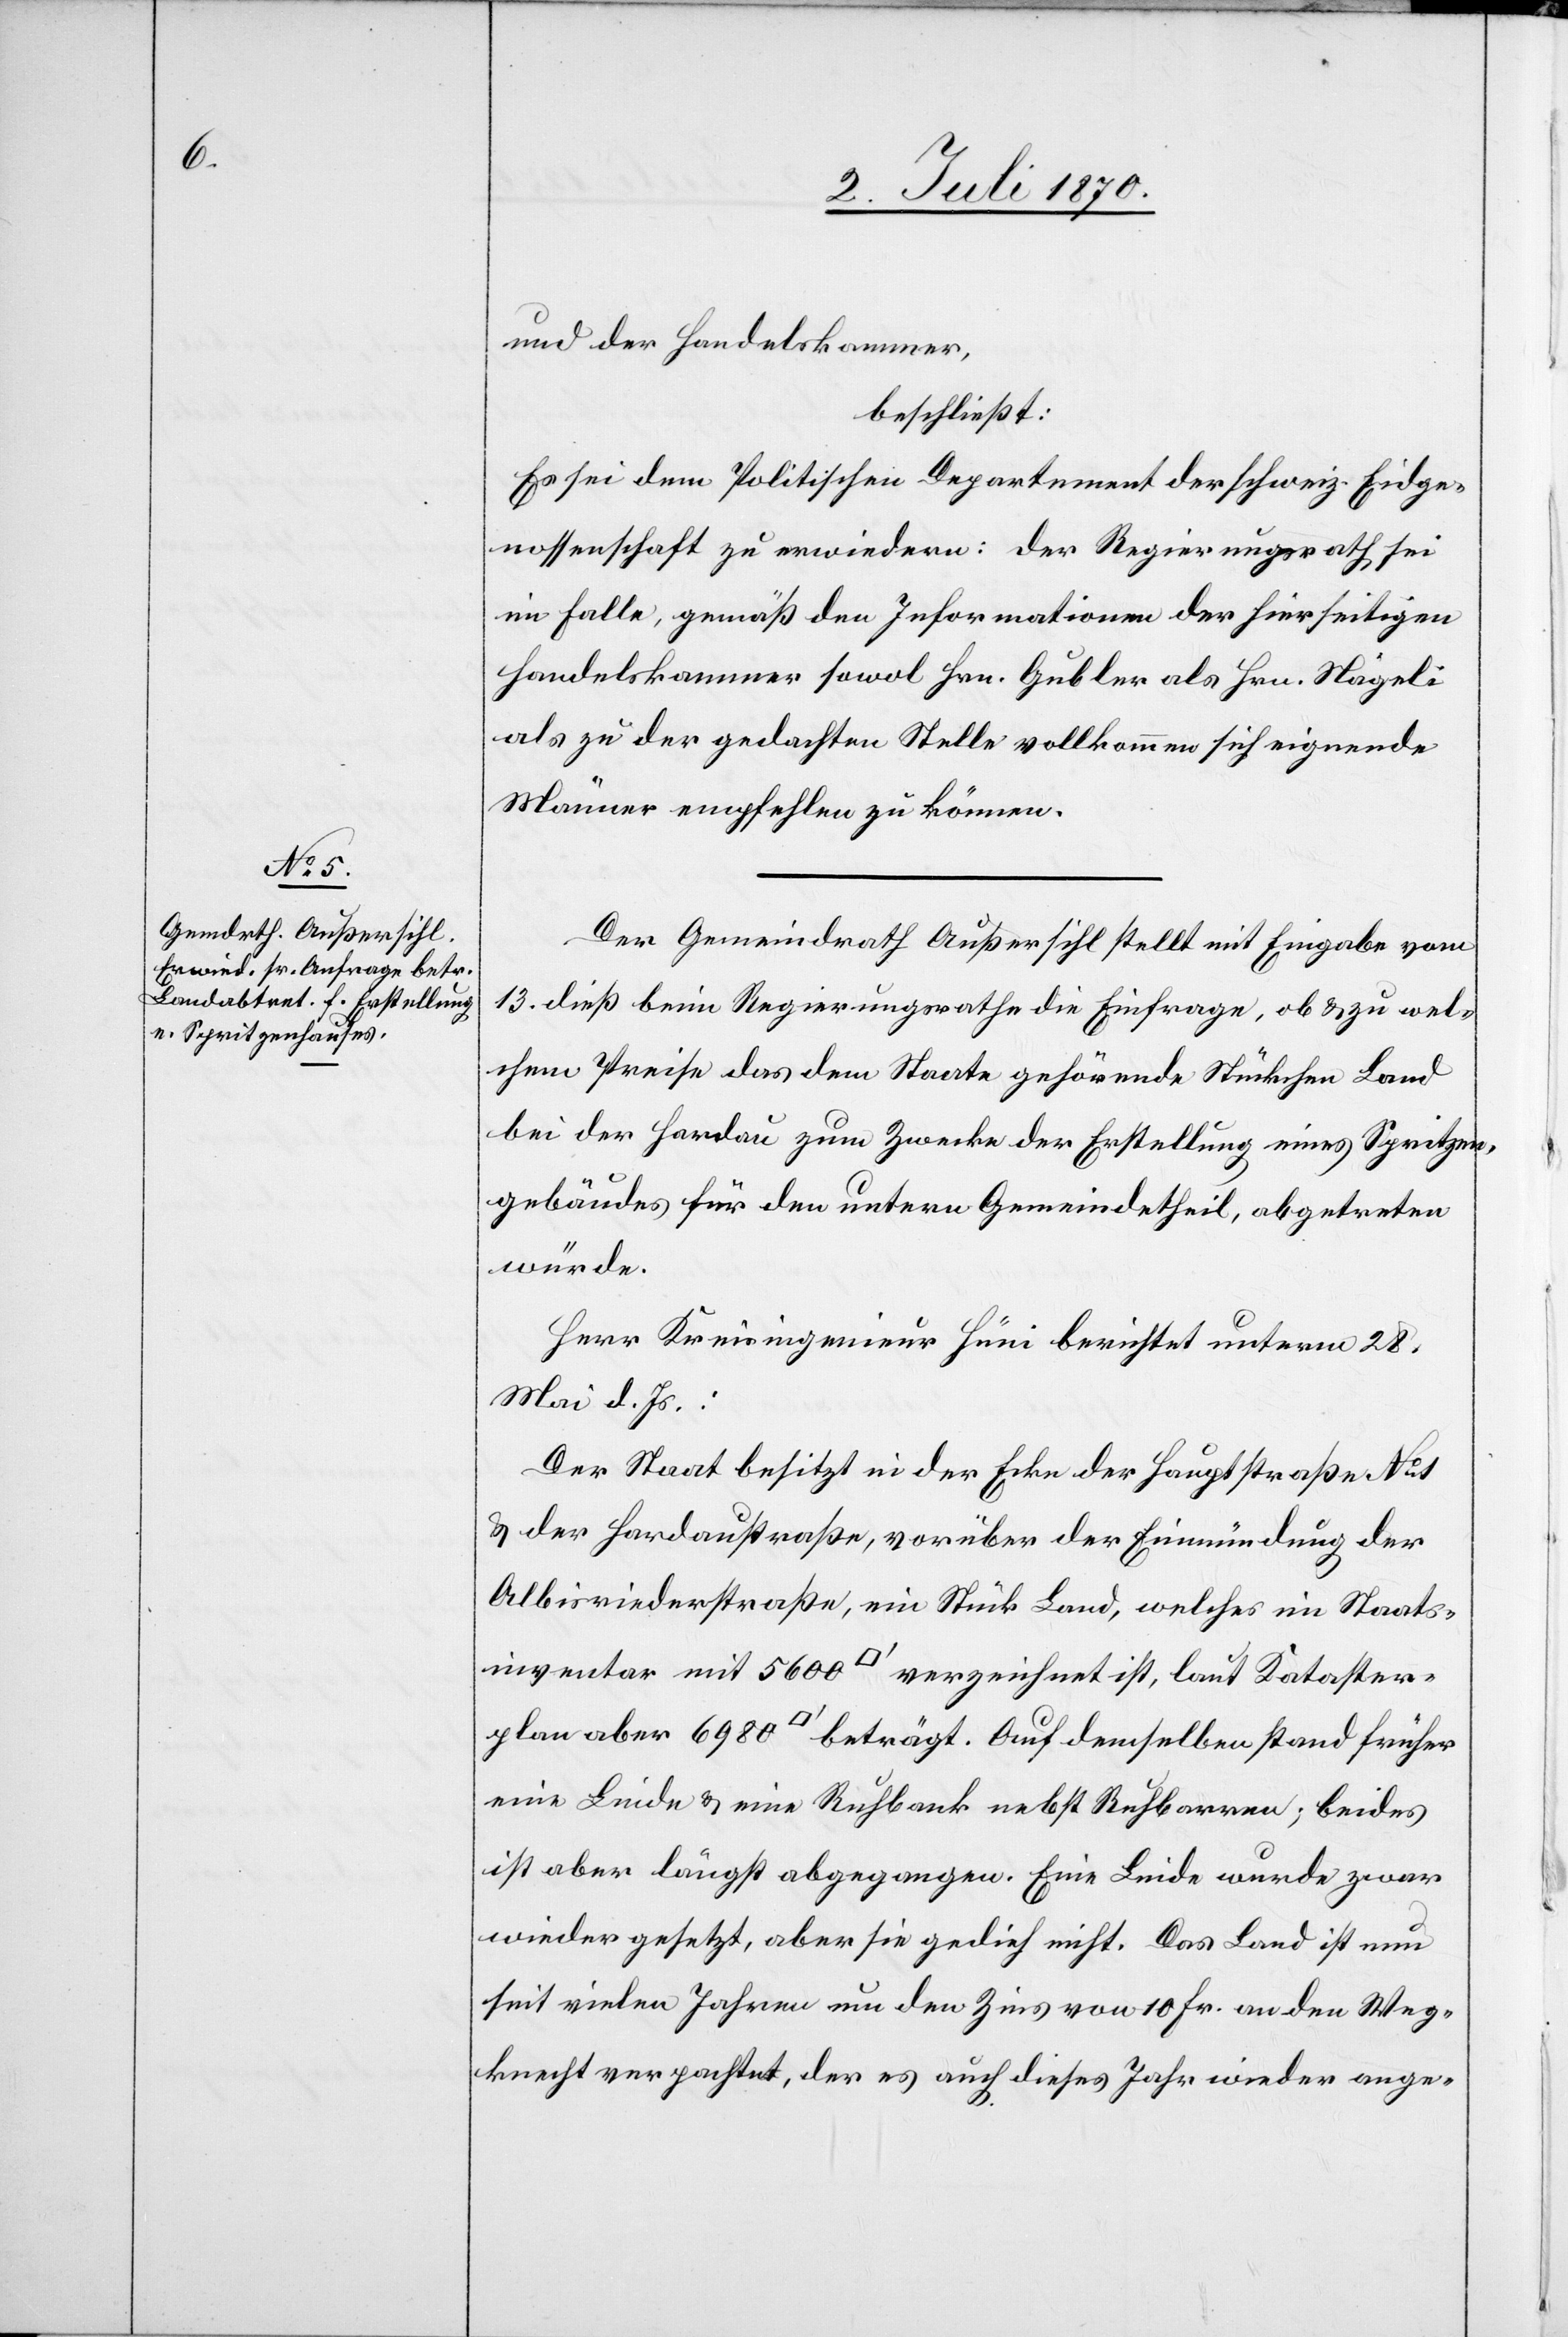
plan

und der Handelskammer,
beschließt:
Es sei dem Politischen Departement der schweiz. Eidge¬
nossenschaft zu erwiedern: Der Regierungsrath sei
im Falle, gemäß den Informationen der hierseitigen
Handelskammer sowol Hrn. Gubler als Hrn. Nägeli
als zu der gedachten Stelle vollkommen sich eignende
Männer empfehlen zu können.
Der Gemeindrath Außersihl stellt mit Eingabe vom
13. dieß beim Regierungsrathe die Einfrage, ob & zu wel¬
chem Preise das dem Staate gehörende Stückchen Land
bei der Hardau zum Zwecke der Erstellung eines Spritzen¬
gebäudes für den untern Gemeindetheil, abgetreten
würde.
Herr Kreisingenieur Höri berichtet unterm 28.
Mai d. Js.:
Der Staat besitzt in der Ecke der Hauptstraße No 1
& der Hardaustraße, vorüber der Einmündung der
Albisriederstraße, ein Stück Land, welches im Staats¬
inventar mit 5600 [Quadratfuss] verzeichnet ist, laut Kataster¬
eine Linde & eine Ruhbank nebst Ruhbarren; beides
ist aber längst abgegangen. Eine Linde wurde zwar
wieder gesetzt, aber sie gedieh nicht. Das Land ist nun
seit vielen Jahren um den Zins von 10 Fr. an den Weg¬
knecht verpachtet, der es auch dieses Jahr wieder ange-